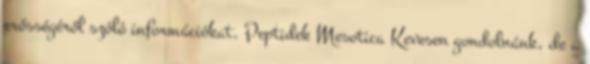
erősségéről szóló információkat. Peptidek Mesotica Kevesen gondolnánk, de a